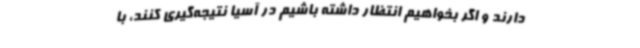
دارند و اگر بخواهیم انتظار داشته باشیم در آسیا نتیجه‌گیری کنند، با